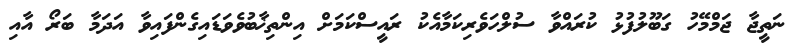
ނަތީޖާ ޖަމްމޭހު ގަބޫލުފުޅު ކުރައްވާ ސުލްހަވެރިކަމާއެކު ރައީސްކަމަށް އިންތިޚާބުވެވަޑައިގެންފައިވާ އަދަމާ ބަރޯ އާއި